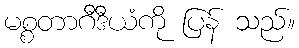
မစ္စတာဂီဒီယံကို ပြန် သည်။